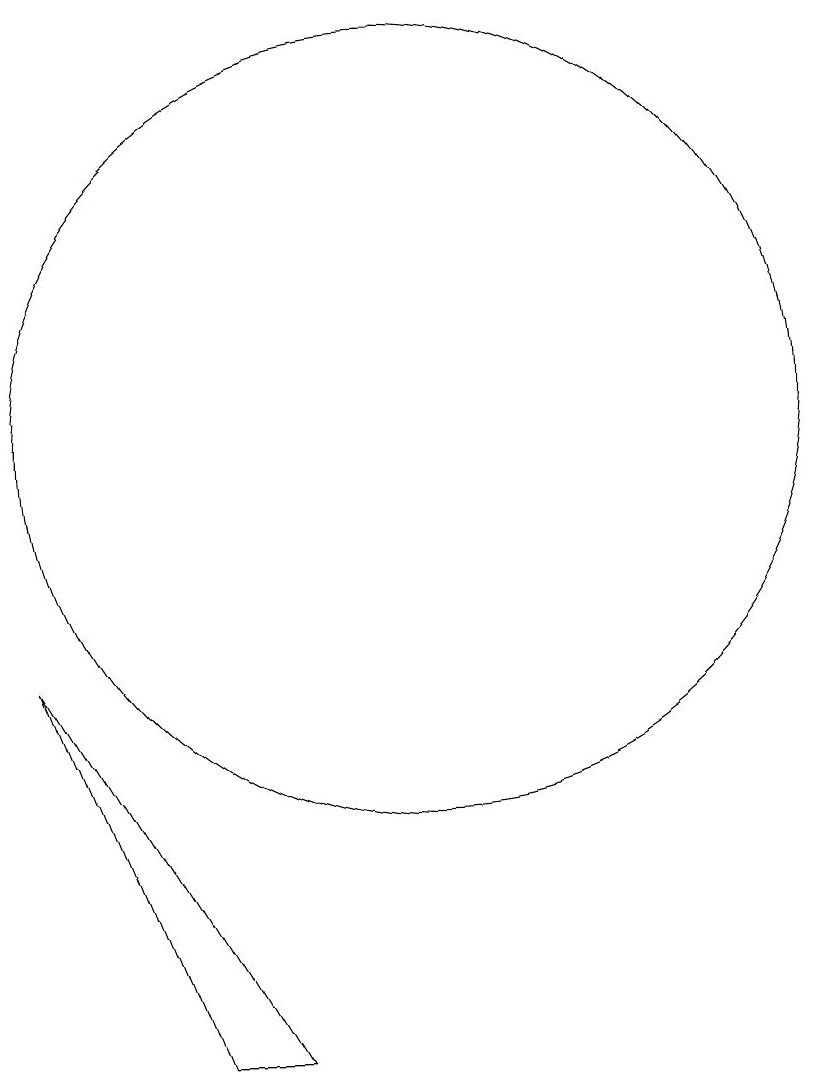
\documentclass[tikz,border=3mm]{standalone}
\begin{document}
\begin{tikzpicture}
\draw (11,12) circle (5);
\draw (10,10) circle (0);
\draw (6,9) -- (8,4) -- (9,4) -- cycle;
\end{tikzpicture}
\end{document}